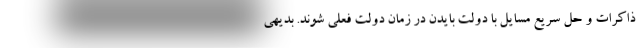
ذاکرات و حل سریع مسایل با دولت بایدن در زمان دولت فعلی شوند. بدیهی